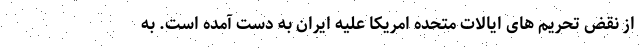
از نقض تحریم های ایالات متحده امریکا علیه ایران به دست آمده است. به